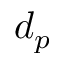
d _ { p }